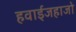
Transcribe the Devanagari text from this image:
हवाईजहाजो